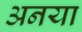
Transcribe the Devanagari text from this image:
अनया